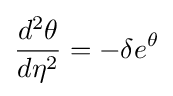
{\frac {d^{2}\theta }{d\eta ^{2}}}=-\delta e^{\theta }